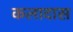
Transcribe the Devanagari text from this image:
कलादास